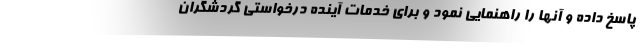
پاسخ داده و آنها را راهنمایی نمود و برای خدمات آینده درخواستی گردشگران